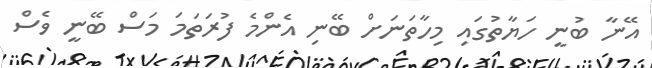
އޭނާ ބުނީ ހަޔާތުގައި މިހާތަނަށް ބޭނި އެންމެ ފުރަތަމަ މަސް ބޭނީ ވެސް